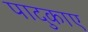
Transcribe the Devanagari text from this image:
पादुकाए